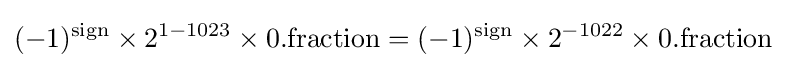
(-1)^{\text{sign}}\times 2^{1-1023}\times 0.{\text{fraction}}=(-1)^{\text{sign}}\times 2^{-1022}\times 0.{\text{fraction}}